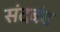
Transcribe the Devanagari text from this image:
संदबंद